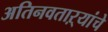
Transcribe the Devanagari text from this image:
अतिनवताऱ्यांचे